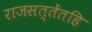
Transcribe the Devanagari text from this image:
राजसत्तेंतहि